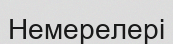
Немерелері